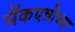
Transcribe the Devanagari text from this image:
मॅकएन्रोच्या